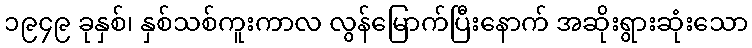
၁၉၄၉ ခုနှစ်၊ နှစ်သစ်ကူးကာလ လွန်မြောက်ပြီးနောက် အဆိုးရွားဆုံးသော